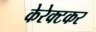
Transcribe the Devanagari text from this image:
केरेक्टकर